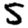
Digit: 5